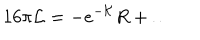
1 6 \pi { \cal L } = - e ^ { - { \cal K } } R + \dots